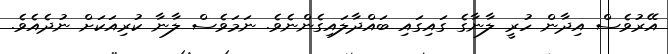
އޭރުވެސް އިދާން ހުރީ ލާނާގެ ގައިގައި ބައްދާލައިގެންނެވެ. ނަމަވެސް ލާނާ ކުރިއަކަށް ނުދެއެވެ.